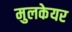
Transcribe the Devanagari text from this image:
मुलकेयर